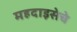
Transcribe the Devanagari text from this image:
महदाइसेचे